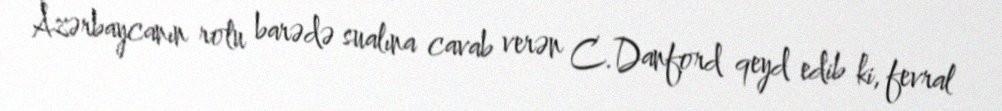
Azərbaycanın rolu barədə sualına cavab verən C.Danford qeyd edib ki, fevral